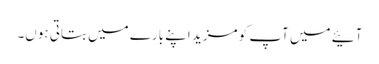
آئیے میں آپ کو مزید اپنے بارے میں بتاتی ہوں۔